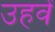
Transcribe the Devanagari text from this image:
उहवें